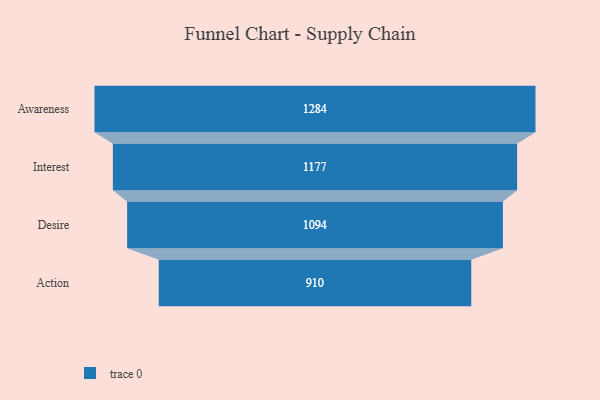
{"axis": {"x": "Stage", "y": "Value"}, "legend": [""], "data": [{"x": "Awareness", "y": 1284.0, "type": ""}, {"x": "Interest", "y": 1177.0, "type": ""}, {"x": "Desire", "y": 1094.0, "type": ""}, {"x": "Action", "y": 910.0, "type": ""}]}